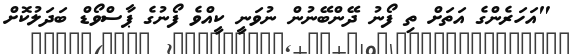
"އަހަރެންގެ އަތަށް ތި ފޯނު ދޭންބޭނުން ނުވަނީ ކީއްވެ ފޯނުގެ ޕާސްވޯޑް ބަދަލުކޮށް